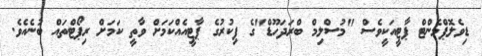
ޑިވެލޮޕްމެންޓް ޕާޓީއަކީވެސް "މުސްލިމް ބްރަދަހޫޑް"ގެ ފިކުރުގެ ޕާޓީއެއްކަމަށް ވާތީ ކަމަށް ރިޕޯޓްތައް ބުނެއެވެ.